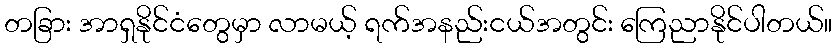
တခြား အာရှနိုင်ငံတွေမှာ လာမယ့် ရက်အနည်းငယ်အတွင်း ကြေညာနိုင်ပါတယ်။